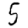
Digit: 5